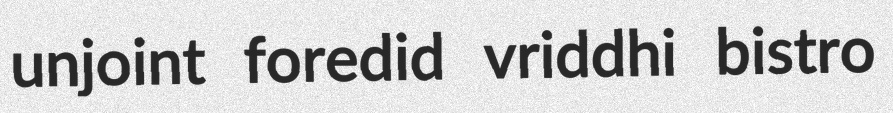
unjoint foredid vriddhi bistro